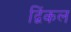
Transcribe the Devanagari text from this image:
द्विंकल